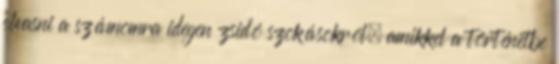
olvasni a számomra idegen zsidó szokásokról, amikkel a történetbe